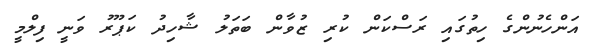
އަންހެނުންގެ ހިތުގައި ރަސްކަން ކުރި ޒުވާން ބަތަލު ޝާހިދު ކަޕޫރު ވަނީ ފިލްމީ